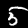
Digit: 5